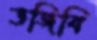
ভজিবি